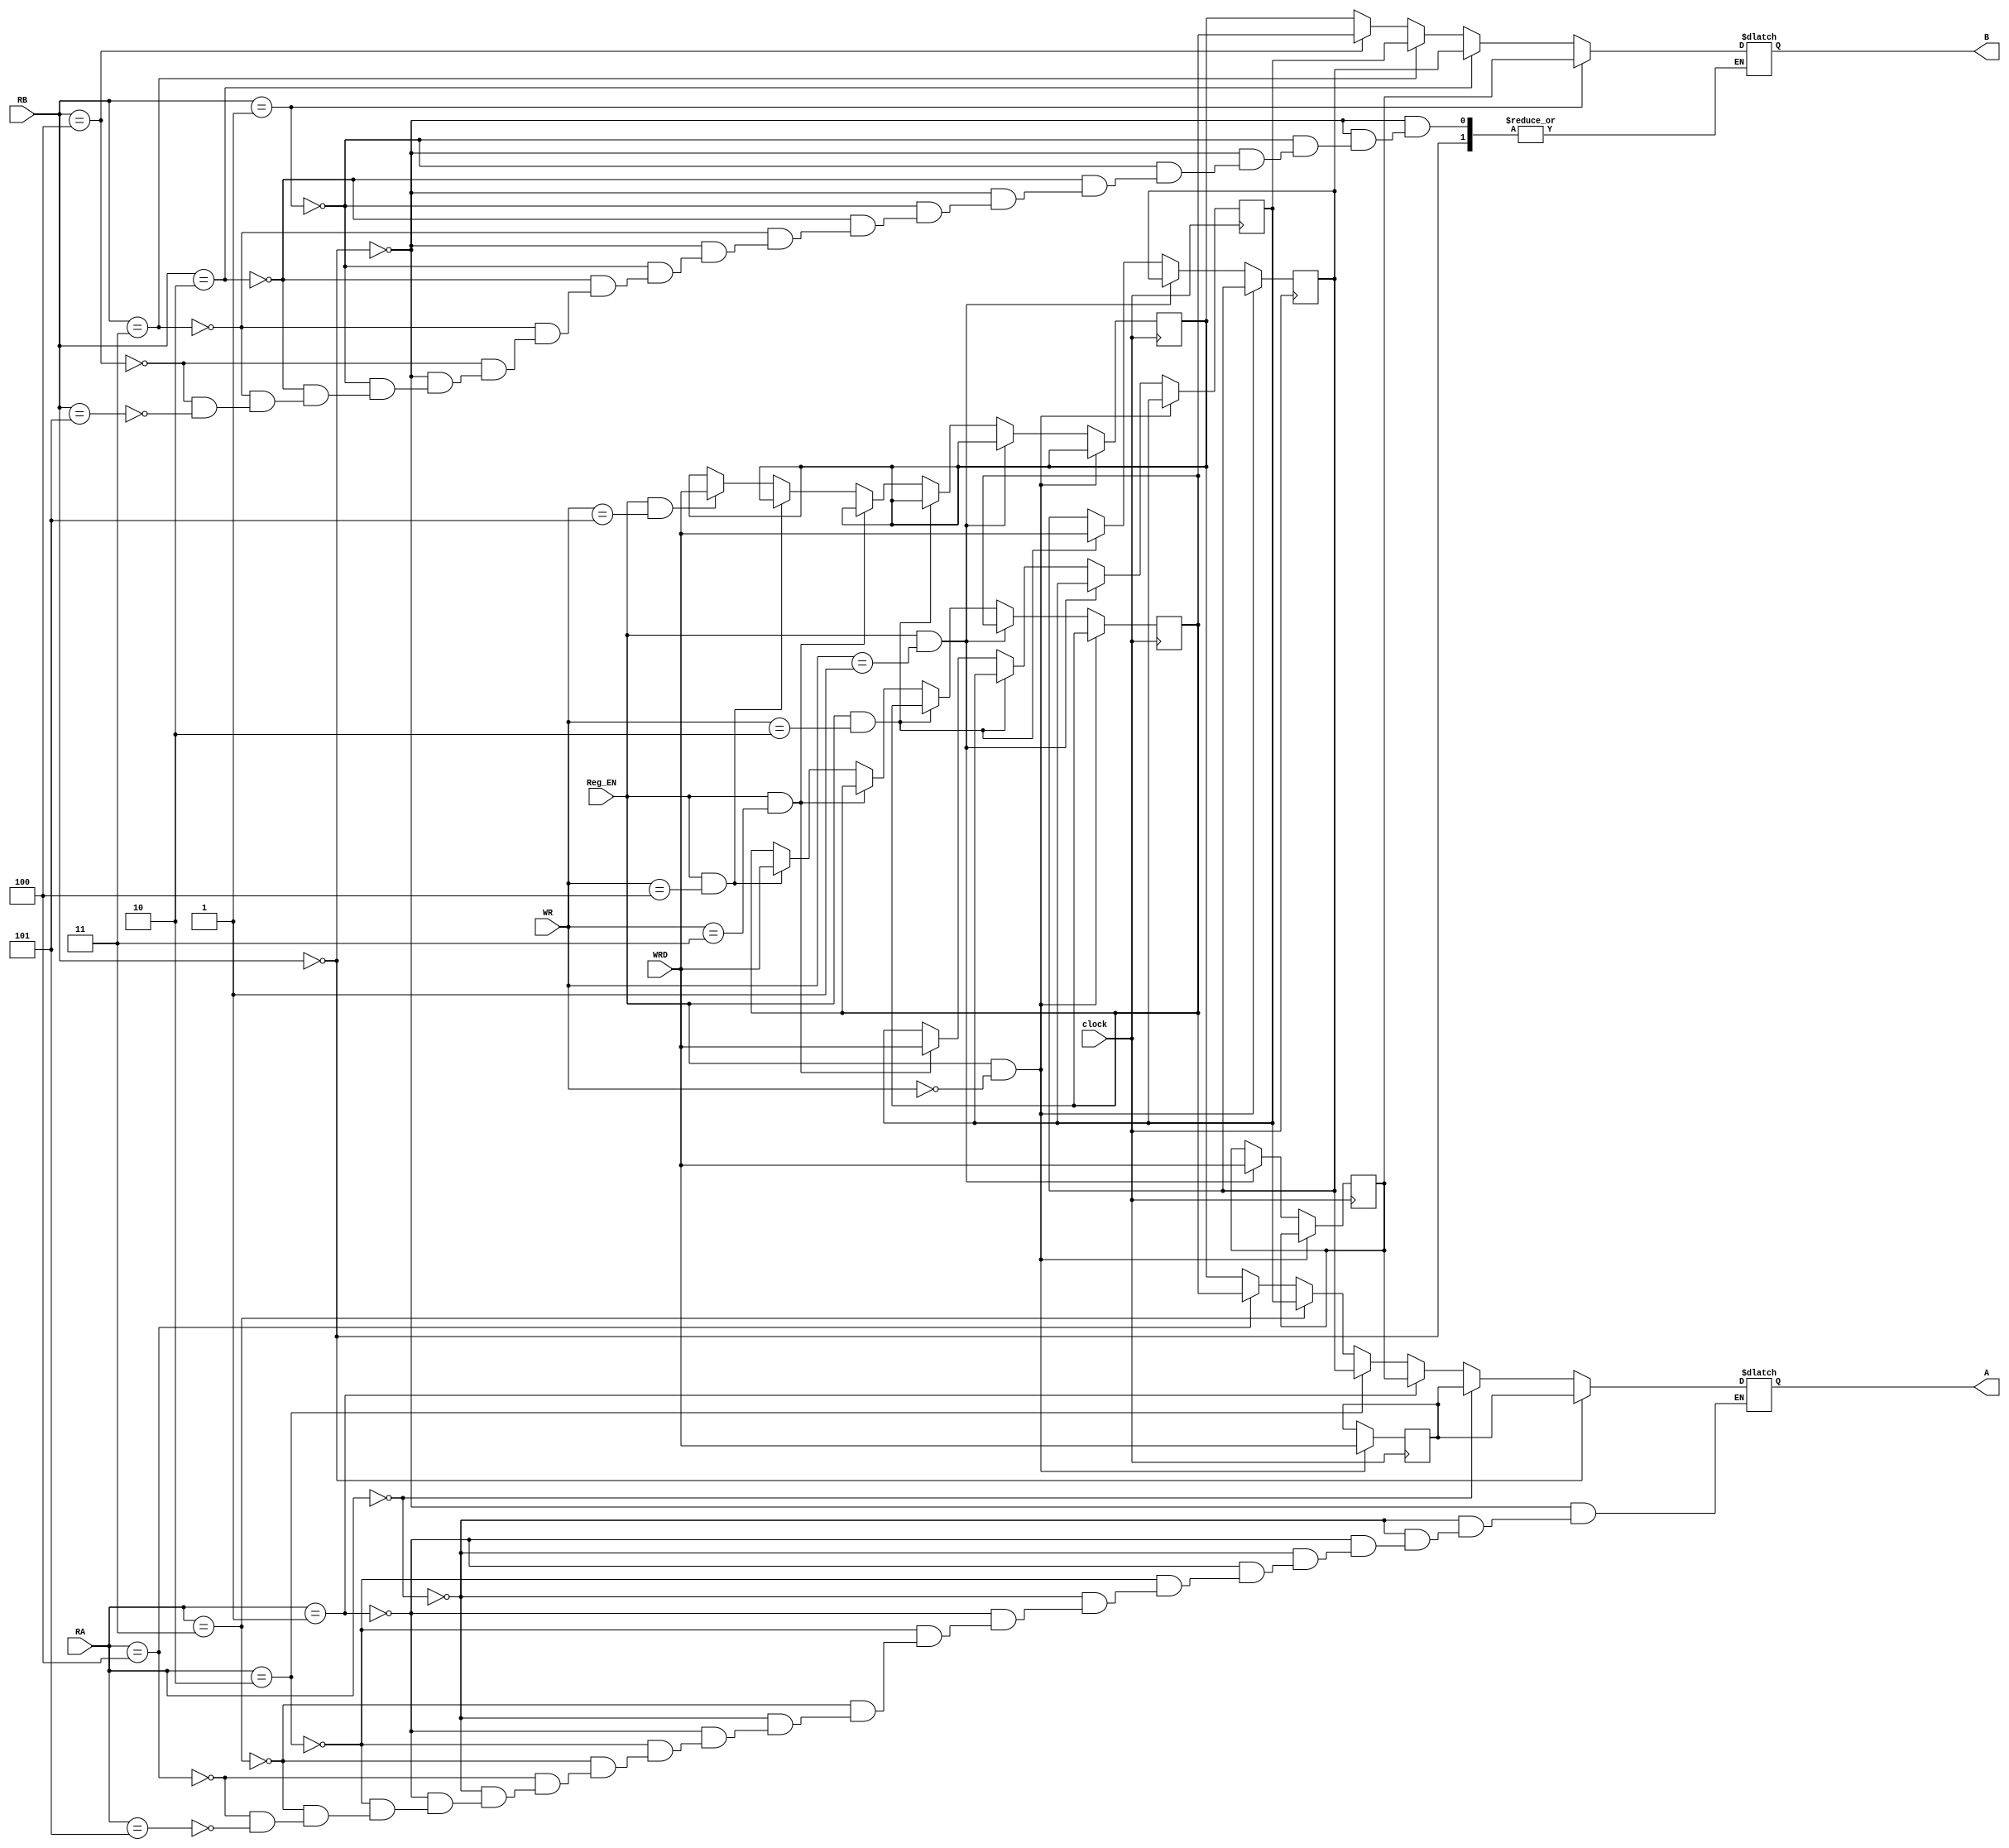
module regset6 (
input [2:0] RA ,
input [2:0] RB,
input [3:0] WRD,
input [2:0] WR,
input clock ,
input Reg_EN ,
output reg [3:0] A, 
output reg [3:0] B);

reg [3:0] reg0, reg1, reg2, reg3, reg4, reg5;

always @(posedge clock)
begin
    if(Reg_EN==1 && WR ==3'b000)
        reg0<=WRD;
    else if(Reg_EN==1 && WR ==3'b001)
        reg1<=WRD;
    else if(Reg_EN==1 && WR ==3'b010)
        reg2<=WRD;
    else if(Reg_EN==1 && WR ==3'b011)
        reg3<=WRD;    
    else if(Reg_EN==1 && WR ==3'b100)
        reg4<=WRD;  
    else if(Reg_EN==1 && WR ==3'b101)
        reg5<=WRD;  

end

always @ *
begin
    if(RA==3'b000)
        A=reg0;
    else if(RA==3'b001)
        A=reg1;
    else if(RA==3'b010)
        A=reg2;        
    else if(RA==3'b011)
        A=reg3;
    else if(RA==3'b100)
        A=reg4; 
    else if(RA==3'b101)
        A=reg5;

    if(RB==3'b000)
        A=reg0;
    else if(RB==3'b001)
        B=reg1;
    else if(RB==3'b010)
        B=reg2;        
    else if(RB==3'b011)
        B=reg3;
    else if(RB==3'b100)
        B=reg4; 
    else if(RB==3'b101)
        B=reg5;
end


endmodule


`timescale  1ns/1ps

module regset6_tb;
reg [2:0] RA ;
reg [2:0] RB;
reg [3:0] WRD;
reg [2:0] WR;
reg clk ;
reg Reg_EN ;
wire [3:0] A;
wire [3:0] B;

regset6 dip (RA ,RB,WRD, WR, clk ,Reg_EN ,A, B);

always begin
    clk=~clk;
    #10;
end

initial begin

    clk<=0;
    Reg_EN=0;WR=3'b001;WRD=4'b0101 ; RA=3'b010 ; RB=3'b001;#20;
    Reg_EN=1;WR=3'b001;WRD=4'b0101 ; RA=3'b010 ; RB=3'b001;#20;
    Reg_EN=1;WR=3'b010;WRD=4'b1101 ; RA=3'b010 ; RB=3'b001;#20;
    $finish;
    
end

initial begin
    $monitor("clk=%b en=%b WR=%b WRD=%b | RA=%b A=%b  |RB=%b B=%b \n",clk,Reg_EN, WR , WRD , RA , A , RB ,B);
end

endmodule